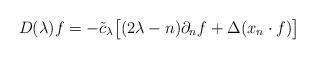
LaTeX: \begin{align*} D(\lambda)f=-\tilde{c}_\lambda\big[(2\lambda-n)\partial_n f+\Delta(x_n\cdot f)\big] \end{align*}